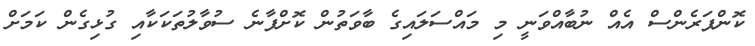
ކޮންޕަރެންސް އެއް ނުބާއްވަނީ މި މައްސަލައިގެ ބާވަތުން ކޮށްފާނެ ސުވާލުތަކަކާއި ގުޅިގެން ކަމަށް